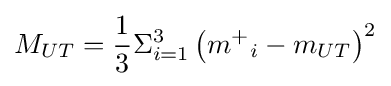
M_{UT}={\frac {1}{3}}\Sigma _{i=1}^{3}\left({m^{+}}_{i}-m_{UT}\right)^{2}